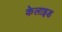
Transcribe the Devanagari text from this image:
केलाइड